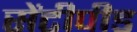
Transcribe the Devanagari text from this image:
सेंटीपीड